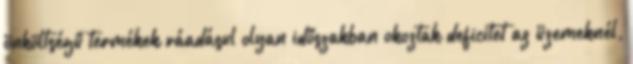
önköltségű termékek ráadásul olyan időszakban okoztak deficitet az üzemeknél,